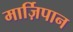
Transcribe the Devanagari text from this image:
मार्ज़िपान